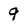
Character: q